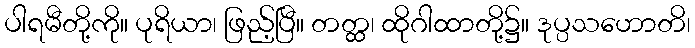
ပါရမီတို့ကို။ ပုရိယာ၊ ဖြည့်ပြီ။ တတ္ထ၊ ထိုဂါထာတို့၌။ ဒုပ္ပသဟောတိ၊